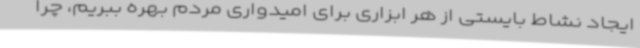
ایجاد نشاط بایستی از هر ابزاری برای امیدواری مردم بهره ببریم، چرا